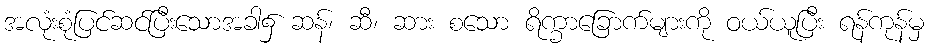
အလုံးစုံပြင်ဆင်ပြီးသောအခါ၌ ဆန်၊ ဆီ၊ ဆား စသော ရိက္ခာခြောက်များကို ဝယ်ယူပြီး ရန်ကုန်မှ